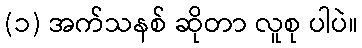
(၁) အက်သနစ် ဆိုတာ လူစု ပါပဲ။